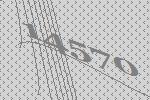
14570